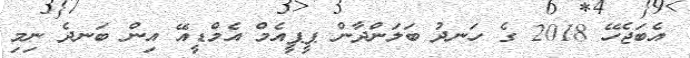
އެބަޖެހޭ 2018 ގެ ހަނދު ބަލަންދާން ޕީޕީއެމް އެމްޑީއޭ އިން ބަނދެ ނިމި